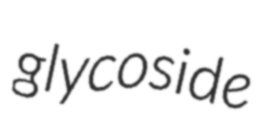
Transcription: glycoside